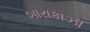
બારાકાઝી